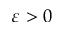
\varepsilon > 0